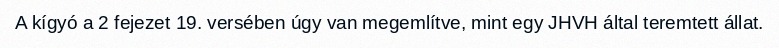
A kígyó a 2 fejezet 19. versében úgy van megemlítve, mint egy JHVH által teremtett állat.